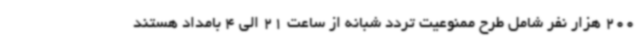
200 هزار نفر شامل طرح ممنوعیت تردد شبانه از ساعت 21 الی 4 بامداد هستند